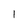
Character: I